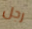
رجل